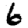
Digit: 6